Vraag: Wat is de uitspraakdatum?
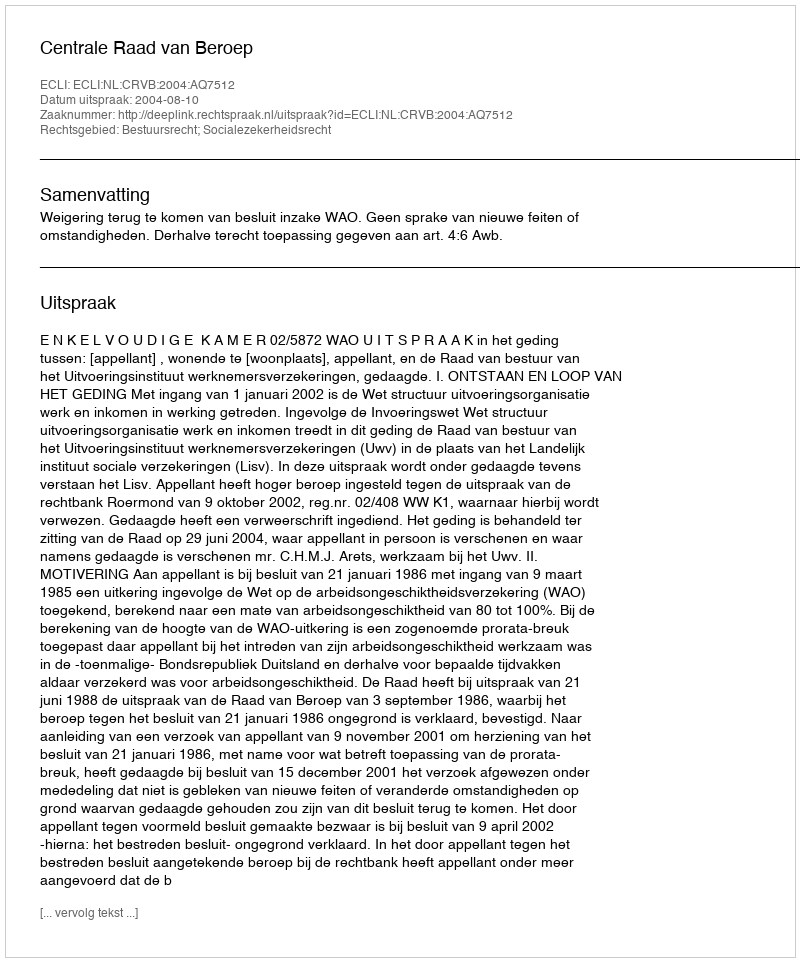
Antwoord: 2004-08-10